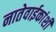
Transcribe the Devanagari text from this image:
नातेवाईकांशी